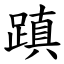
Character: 蹎